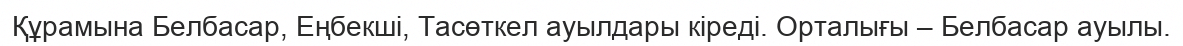
Құрамына Белбасар, Еңбекші, Тасөткел ауылдары кіреді. Орталығы – Белбасар ауылы.